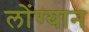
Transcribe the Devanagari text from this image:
लोंग्यान